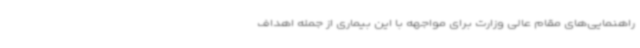
راهنمایی‌های مقام عالی وزارت برای مواجهه با این بیماری از جمله اهداف